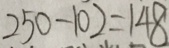
2 5 0 - 1 0 2 = 1 4 8